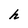
Character: h